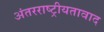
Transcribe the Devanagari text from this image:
अंतरराष्ट्रीयतावाद